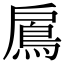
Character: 鳸